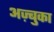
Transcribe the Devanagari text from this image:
अज़्बुका